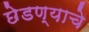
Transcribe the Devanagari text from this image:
छेडण्याचे